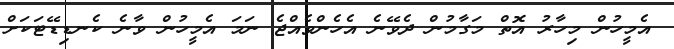
އެމީހުން މިހާރު އޮތް މަގާމުން ދެވޭނެ އެހެންވެއްޖެ ނަމަ އެމީހުން ވާނެ ކެނޑިޑޭޓަކަށް